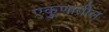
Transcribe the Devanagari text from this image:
एकुणातील